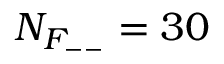
N _ { F _ { -- } } = 3 0